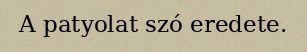
A patyolat szó eredete.